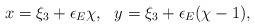
LaTeX: \begin{align*}x= \xi_3 + \epsilon_E \chi,\ \ y = \xi_3 + \epsilon_E (\chi -1),\end{align*}